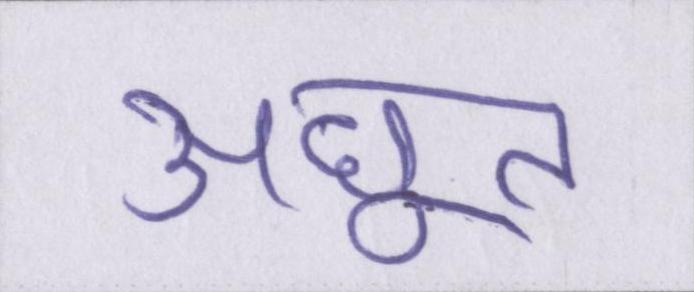
अछूत